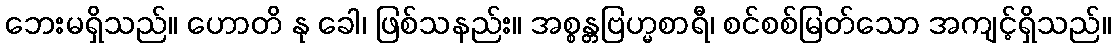
ဘေးမရှိသည်။ ဟောတိ နု ခေါ၊ ဖြစ်သနည်း။ အစ္စန္တဗြဟ္မစာရီ၊ စင်စစ်မြတ်သော အကျင့်ရှိသည်။